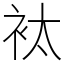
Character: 𧘹